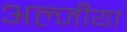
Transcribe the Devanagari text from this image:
अल्जीया